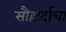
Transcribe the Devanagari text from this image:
सौहार्दाचा